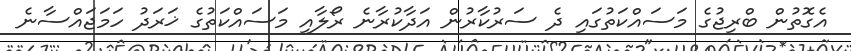
އެގޮތުން ބްރިޖުގެ މަސައްކަތުގައި ދެ ސަރުކާރުން އަދާކުރާނެ ރޯލާއި މަސައްކަތުގެ ޚަރަދު ހަމަޖައްސާނެ